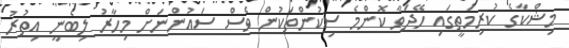
މިޝްކާގެ ކުރިމަތީގައި ހޭދަވާ ކޮންމެ ސިކުންތަކުން ވެސް ސައުންނަށް މިހާރު ލިބެނީ އިތުރު